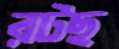
রটছ